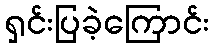
ရှင်းပြခဲ့ကြောင်း